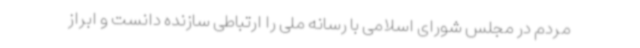
مردم در مجلس شورای اسلامی با رسانه ملی را ارتباطی سازنده دانست و ابراز